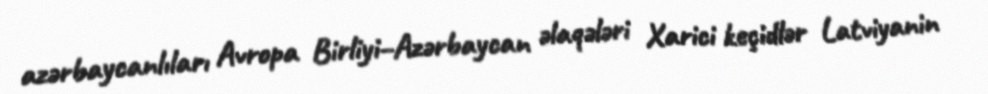
azərbaycanlıları Avropa Birliyi–Azərbaycan əlaqələri Xarici keçidlər Latviyanin